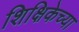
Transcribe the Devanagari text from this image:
शिक्षिकेच्या